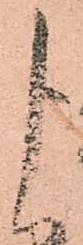
よ